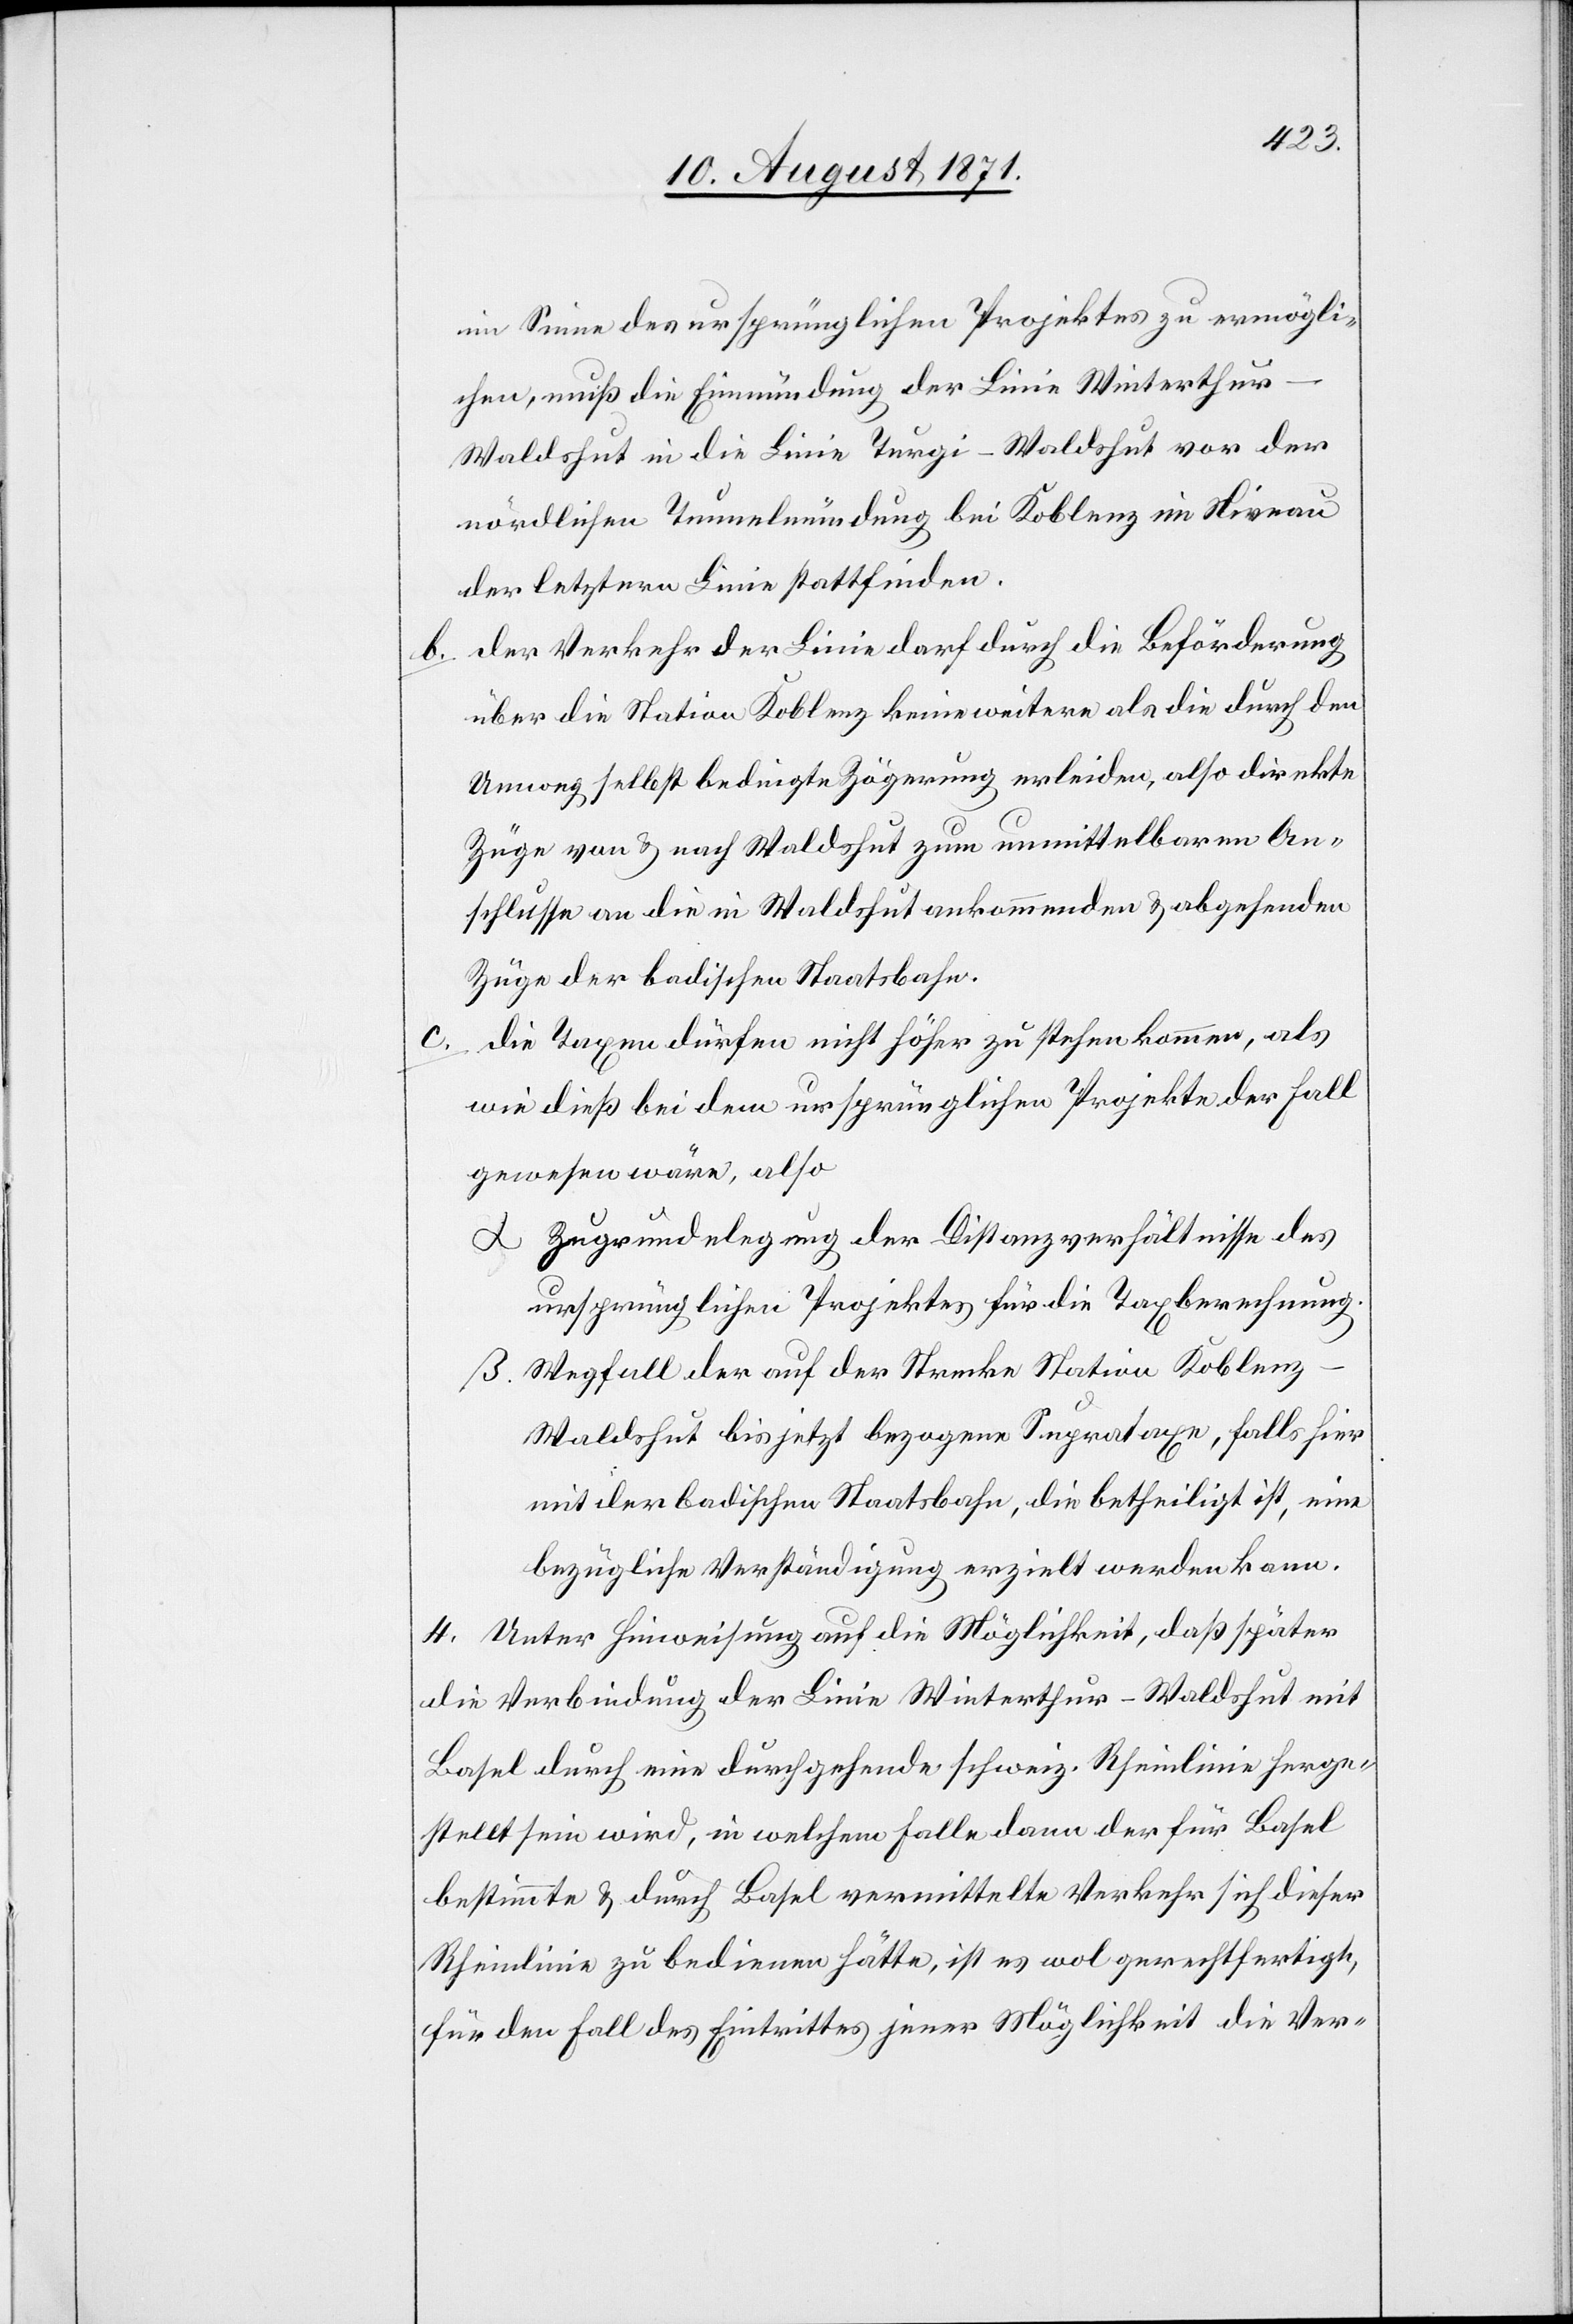
im Sinne des ursprünglichen Projektes zu ermögli¬
chen, muß die Einmündung der Linie Winterthur–W¬
aldshut in die Linie Turgi–Waldshut von der
nördlichen Tunnelmündung bei Koblenz im Niveau
der letzteren Linie stattfinden.
b. der Verkehr der Linie darf durch die Beförderung
über die Station Koblenz keine weitere als die durch den
Umweg selbst bedingte Zögerung erleiden, also direkte
Züge von & nach Waldshut zum unmittelbaren An¬
schlusse an die in Waldshut ankommenden & abgehenden
Züge der badischen Staatsbahn.
die Taxen dürfen nicht höher zu stehen kommen, als
wie dieß bei dem ursprünglichen Projekt der Fall
gewesen wäre, also
α Zugrundelegung der Distanzverhältnisse des
ursprünglichen Projektes für die Taxberechnung.
β Wegfall der auf der Strecke Station Koblenz–W¬
aldshut bis jetzt bezogenen Supertaxe, falls hier
mit der badischen Staatsbahn, die betheiligt ist, eine
bezügliche Verständigung erzielt werden kann.
4. Unter Hinweisung auf die Möglichkeit, daß später
die Verbindung der Linie Winterthur–Waldshut mit
Basel durch eine durchgehende schweiz. Rheinlinie herge¬
stellt sein wird, in welchem Falle dann der für Basel
bestimmte & durch Basel vermittelte Verkehr sich dieser
Rheinlinie zu bedienen hätte, ist es wol gerechtfertigt,
für den Fall des Eintrittes jener Möglichkeit die Ver-